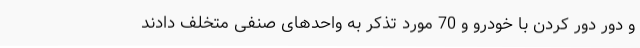
و دور دور کردن با خودرو و 70 مورد تذکر به واحدهای صنفی متخلف دادند